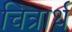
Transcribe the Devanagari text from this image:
चित्रार्थ